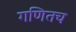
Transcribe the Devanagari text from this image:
गणितच